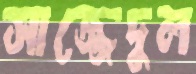
সাজ্জেদুল